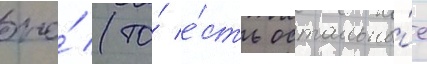
оно́ (то́ е́сть остальны́е